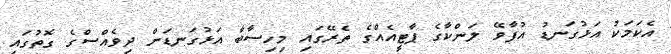
އެކަމަކު އަޅުގަނޑު އުފާވޭ ލަންކާގެ ޕާޓީއެއްގެ ތެރޭގައި މިހިސާބާ އަޅުގަނޑަށް ދިވެއްސްގެ ގޮތުގައި